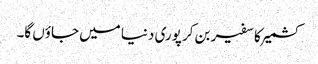
کشمیر کا سفیر بن کر پوری دنیا میں جاؤں گا۔